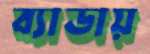
ব্যাডায়